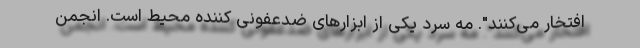
افتخار می‌کنند". مه سرد یکی از ابزارهای ضدعفونی کننده محیط است. انجمن